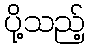
ပို့သည့်